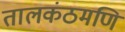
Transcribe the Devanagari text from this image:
तालकंठमणि